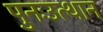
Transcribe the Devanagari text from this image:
पुनःउत्थान